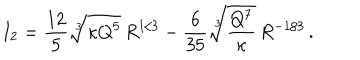
LaTeX: I _ { 2 } = \frac { 1 2 } { 5 } \sqrt [ [object Object] ] ] { \kappa Q ^ { 5 } } \, R ^ { 1 / 3 } - \frac { 6 } { 3 5 } \sqrt [ [object Object] ] ] { \frac { Q ^ { 7 } } { \kappa } } \, R ^ { - 1 / 3 } \, .